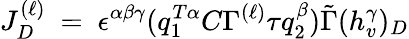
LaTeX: J_{D}^{(\ell)}~=~\epsilon^{\alpha\beta\gamma}(q_{1}^{T\alpha}C\Gamma^{(\ell)}\tau q_{2}^{\beta}){\tilde{\Gamma}}(h_{v}^{\gamma})_{D}